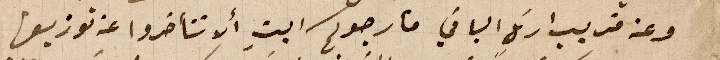
وعن قريب ارسل الباقي فأرجوكم ابتِ ألا تتأخروا عن توزيعها